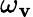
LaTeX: \omega_{\mathbf{v}}